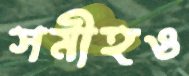
সমীহও